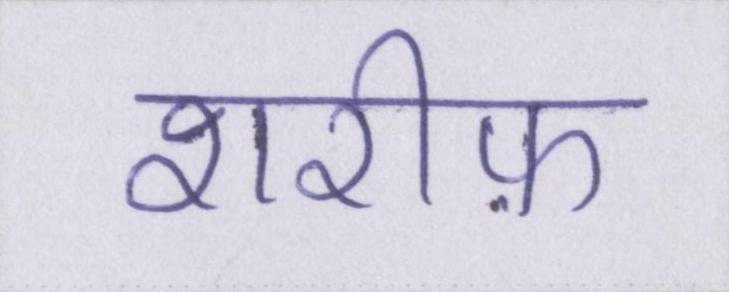
शरीफ़